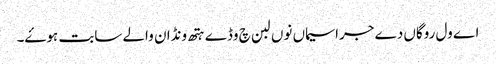
اے ول روگاں دے جراسیماں نوں لبن چ وڈے ہتھ ونڈان والے سابت ہوۓ۔